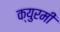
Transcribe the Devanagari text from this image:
क्युरमी